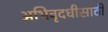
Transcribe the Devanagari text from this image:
अभिवृदधीसाठी